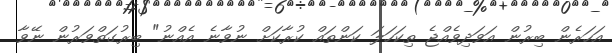
އަހަރެން ބިރުން އަވަދިވެއްޖެ ތިކަހަލަ ކަންތައް ކުރާކަށް ނުވާނެ އެއްނު" ބިރުގަތްވަރުން ނޭވާ